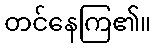
တင်နေကြ၏။